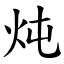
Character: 炖